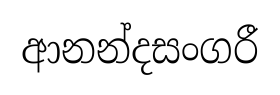
ආනන්දසංගරී